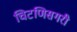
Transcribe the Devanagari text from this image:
चिटणिसगरी